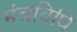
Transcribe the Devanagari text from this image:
मंत्रविधि